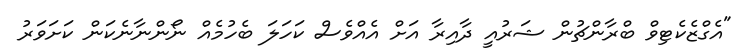
"އެގްޒެކެޓިވް ބްރާންޗުން ޝަރުއީ ދާއިރާ އަށް އެއްވެސް ކަހަލަ ބެހުމެއް ނޯންނާނެކަން ކަށަވަރު